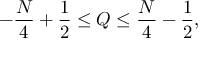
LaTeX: - \frac { N } { 4 } + \frac { 1 } { 2 } \leq Q \leq \frac { N } { 4 } - \frac { 1 } { 2 } ,